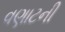
વણાટની